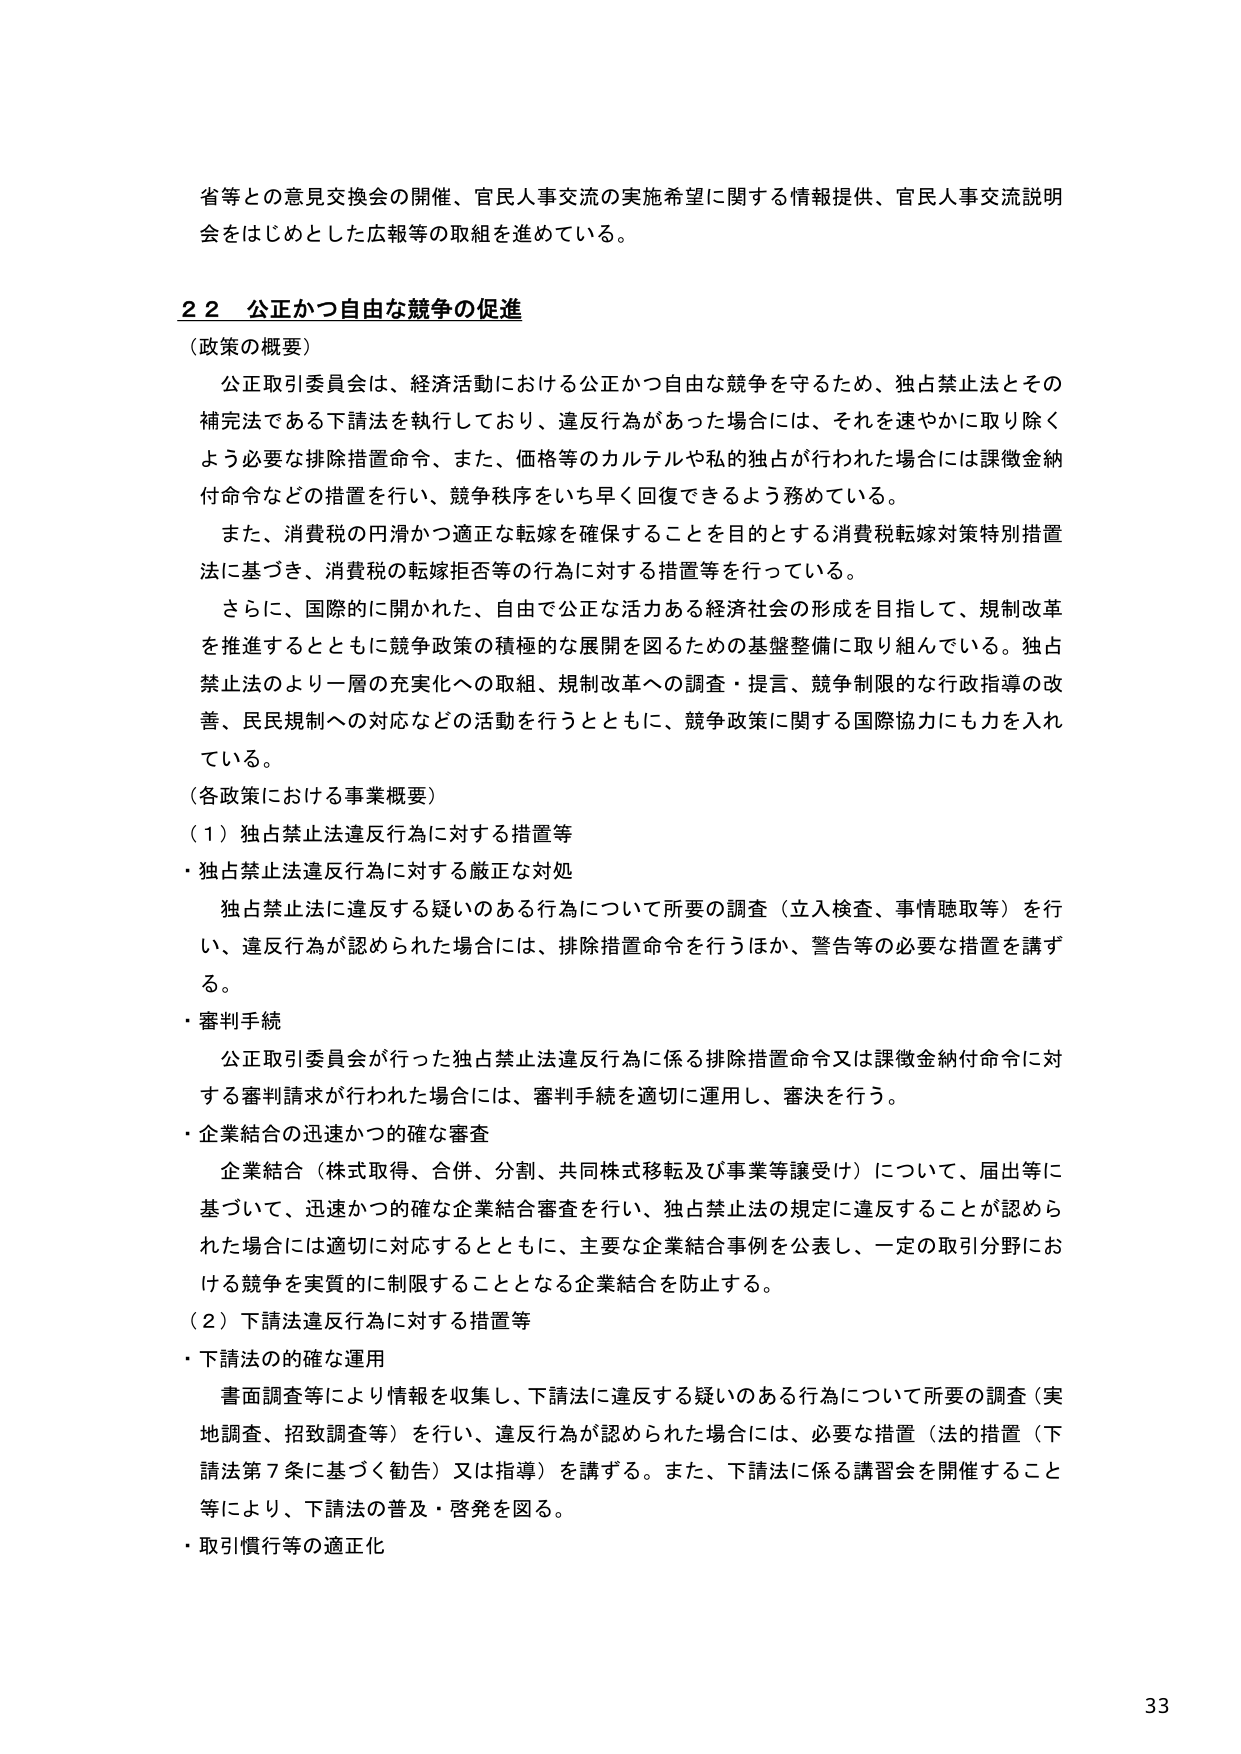
省等との意見交換会の開催、官民人事交流の実施希望に関する情報提供、官民人事交流説明会をはじめとした広報等の取組を進めている。

２２ 公正かつ自由な競争の促進

（政策の概要）

公正取引委員会は、経済活動における公正かつ自由な競争を守るため、独占禁止法とその補完法である下請法を執行しており、違反行為があった場合には、それを速やかに取り除くよう必要な排除措置命令、また、価格等のカルテルや私的独占が行われた場合には課徴金納付命令などの措置を行い、競争秩序をいち早く回復できるよう務めている。

また、消費税の円滑かつ適正な転嫁を確保することを目的とする消費税転嫁対策特別措置法に基づき、消費税の転嫁拒否等の行為に対する措置等を行っている。

さらに、国際的に開かれた、自由で公正な活力ある経済社会の形成を目指して、規制改革を推進するとともに競争政策の積極的な展開を図るための基盤整備に取り組んでいる。独占禁止法のより一層の充実化への取組、規制改革への調査・提言、競争制限的な行政指導の改善、民民規制への対応などの活動を行うとともに、競争政策に関する国際協力にも力を入れている。

（各政策における事業概要）

（１）独占禁止法違反行為に対する措置等

・独占禁止法違反行為に対する厳正な対処

独占禁止法に違反する疑いのある行為について所要の調査（立入検査、事情聴取等）を行い、違反行為が認められた場合には、排除措置命令を行うほか、警告等の必要な措置を講ずる。

・審判手続

公正取引委員会が行った独占禁止法違反行為に係る排除措置命令又は課徴金納付命令に対する審判請求が行われた場合には、審判手続を適切に運用し、審決を行う。

・企業結合の迅速かつ的確な審査

企業結合（株式取得、合併、分割、共同株式移転及び事業等譲受け）について、届出等に基づいて、迅速かつ的確な企業結合審査を行い、独占禁止法の規定に違反することが認められた場合には適切に対応するとともに、主要な企業結合事例を公表し、一定の取引分野における競争を実質的に制限することとなる企業結合を防止する。

（２）下請法違反行為に対する措置等

・下請法の的確な運用

書面調査等により情報を収集し、下請法に違反する疑いのある行為について所要の調査（実地調査、招致調査等）を行い、違反行為が認められた場合には、必要な措置（法的措置（下請法第７条に基づく勧告）又は指導）を講ずる。また、下請法に係る講習会を開催すること等により、下請法の普及・啓発を図る。

・取引慣行等の適正化

33